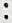
: